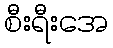
စီးရီးအေ